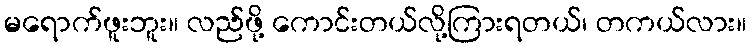
မရောက်ဖူးဘူး။ လည်ဖို့ ကောင်းတယ်လို့ကြားရတယ်၊ တကယ်လား။